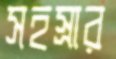
সহস্রার